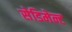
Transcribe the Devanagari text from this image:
सेडिमेन्ट